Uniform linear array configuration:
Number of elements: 64
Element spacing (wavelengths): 1
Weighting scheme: exponential
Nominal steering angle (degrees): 15
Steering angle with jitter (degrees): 13.554
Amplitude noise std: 0.05
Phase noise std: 0.05

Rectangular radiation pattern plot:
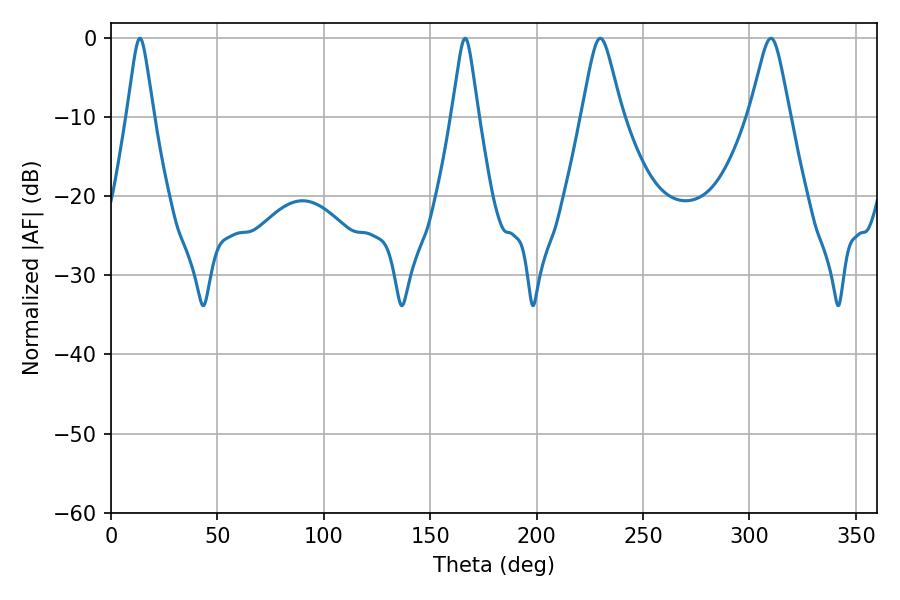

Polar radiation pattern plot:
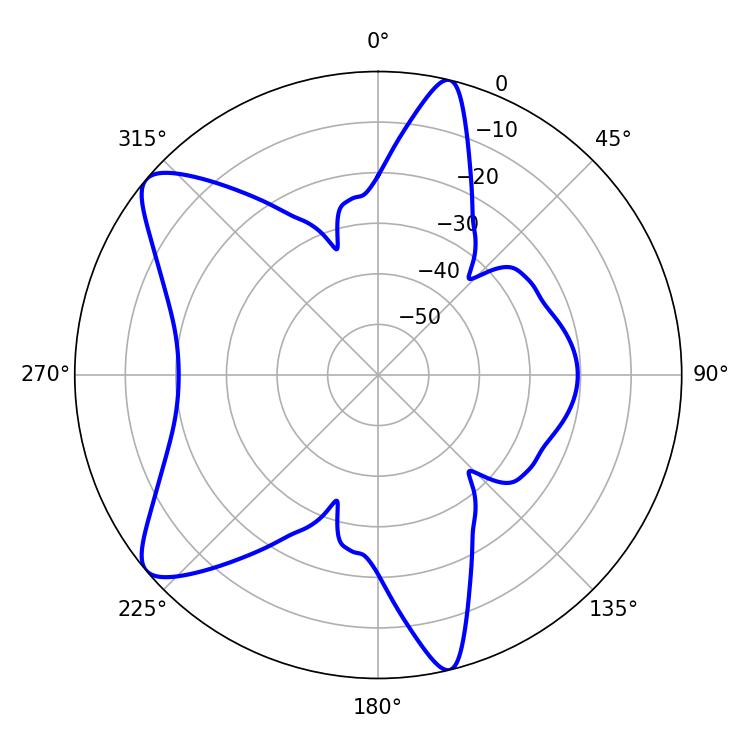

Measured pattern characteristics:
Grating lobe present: TRUE
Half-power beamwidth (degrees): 8.82
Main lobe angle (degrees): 229.86